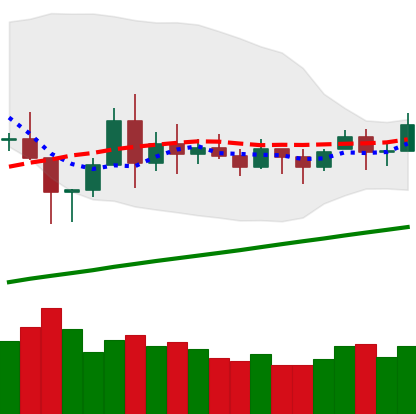
Ticker: BNB-USD
Chart end date: 2020-11-20
Forward return: 8.483%
Label: up_7plus